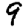
Digit: 9